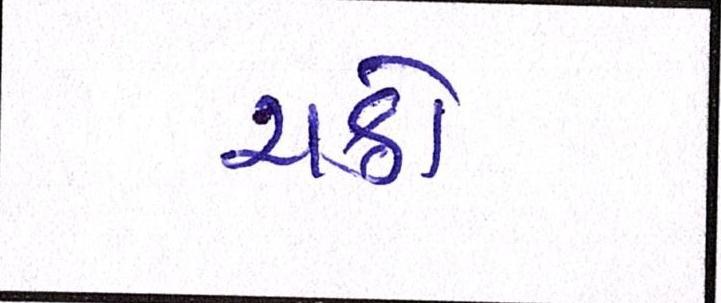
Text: ચક્રો